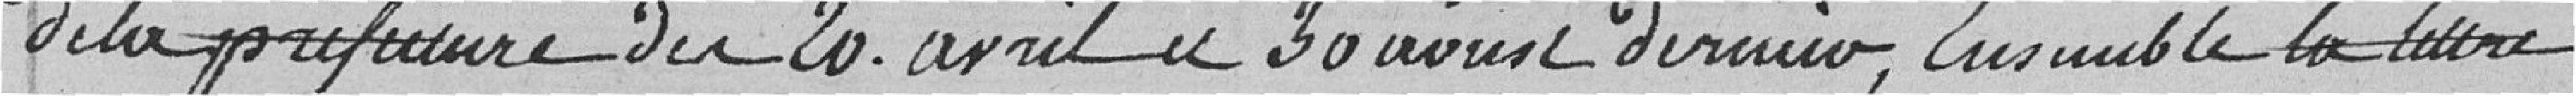
de la préfecture du 20 avril au 30 août dernier, Ensemble la lettre